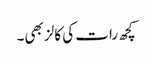
کچھ رات کی کالز بھی۔